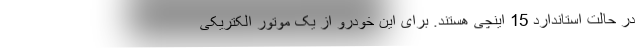
در حالت استاندارد 15 اینچی هستند. برای این خودرو از یک موتور الکتریکی